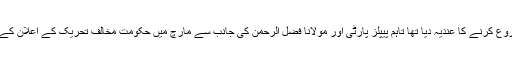
کارکنوں کے بڑھتے ہوئے دباؤ کے پیش نظر ن لیگ نے مارچ میں احتجاجی تحریک شروع کرنے کا عندیہ دیا تھا تاہم پیپلز پارٹی اور مولانا فضل الرحمن کی جانب سے مارچ میں حکومت مخالف تحریک کے اعلان کے بعد اب ن لیگ پر حکومت مخالف تحریک چلانے کے لئے بیرونی دباؤ بھی بڑھ گیا ہے۔